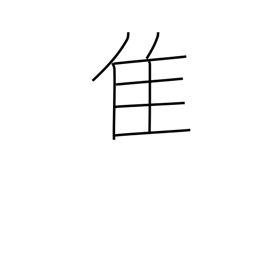
Meaning: old bird radical (no. 172)